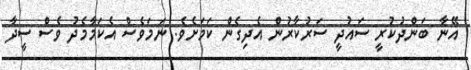
އޭނާ ބަންދުކުރީ ސައުދީ ސަރުކާރުން އެދިގެން ކަމަށެވެ. ނަމަވެސް އެކަމާމެދު ވެސް ސީދާ